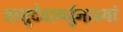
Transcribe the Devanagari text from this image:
वासुदेवार्ग्जुनाभ्यां